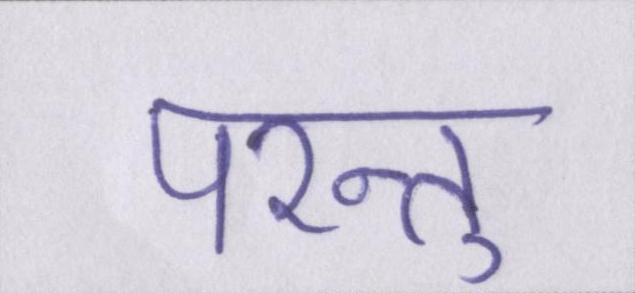
परन्तु